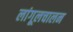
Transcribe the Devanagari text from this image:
लांगूलचालन